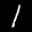
Label: 1